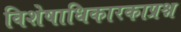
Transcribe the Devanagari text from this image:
विशेषाधिकारकाप्रश्न